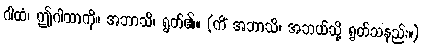
ဂါထံ၊ ဤဂါထာကို။ အဘာသိ၊ ရွတ်၏။ (ကိံ အဘာသိ၊ အဘယ်သို့ ရွတ်သနည်း။)